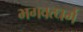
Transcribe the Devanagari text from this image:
भगवत्धर्म